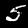
Digit: 5